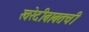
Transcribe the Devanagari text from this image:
खरेदीबाबतची